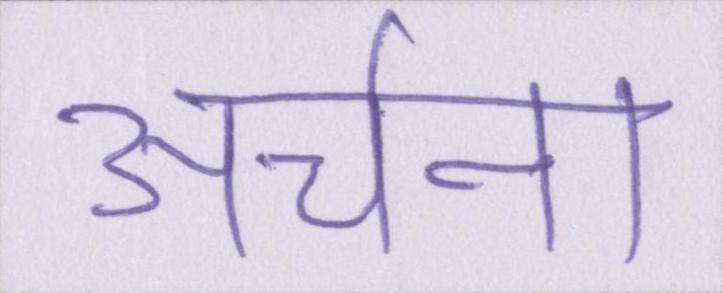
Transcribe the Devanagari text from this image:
अर्चना